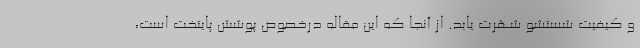
و کیفیت شستشو شهرت یابد. از آنجا که این مقاله درخصوص پوشش پایتخت است،